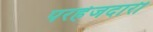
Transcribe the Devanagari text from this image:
परहेजदारी